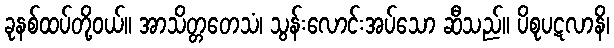
ခုနစ်ထပ်တို့ဝယ်။ အာသိတ္တတေသံ၊ သွန်းလောင်းအပ်သော ဆီသည်။ ပိစုပဋလာနိ၊